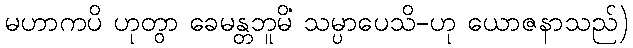
မဟာကပိ ဟုတွာ ခေမန္တဘူမိံ သမ္ပာပေသိ-ဟု ယောဇနာသည်)